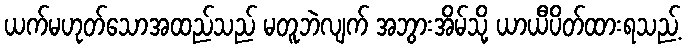
ယက်မဟုတ်သောအထည်သည် မတူဘဲလျက် အဘွားအိမ်သို့ ယာယီပိတ်ထားရသည့်